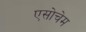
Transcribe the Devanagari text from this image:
एसोचेम